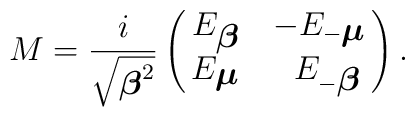
M = \frac{i }{ \sqrt{{\mbox{\boldmath $\beta$}}^2}}        \left(\matrix{E_{\mbox{\boldmath $\beta$}}  &       -E_{-{\mbox{\boldmath $\mu$}}} \cr       E_{\mbox{\boldmath $\mu$}}  & \,\,\,       E_{-{\mbox{\boldmath $\beta$}}}} \right).